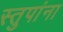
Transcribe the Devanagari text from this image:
स्तुपांना